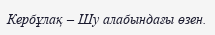
Кербұлақ – Шу алабындағы өзен.